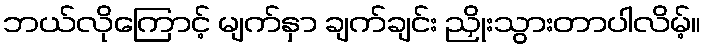
ဘယ်လိုကြောင့် မျက်နှာ ချက်ချင်း ညှိုးသွားတာပါလိမ့်။